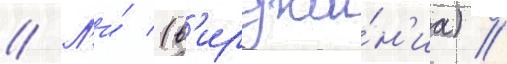
// Л'и́ (в'ирджи́н'иа) //